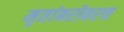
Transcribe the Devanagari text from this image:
मृतांबरोबरच